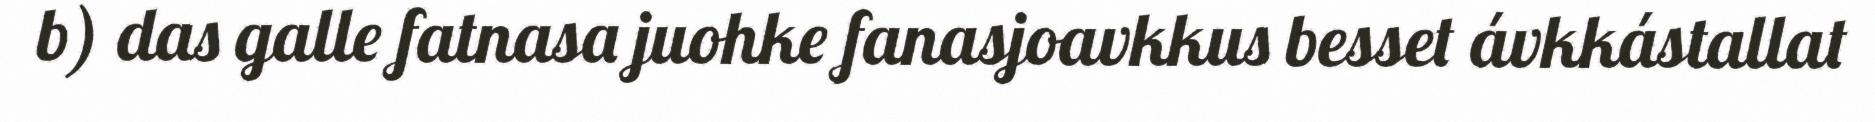
b) das galle fatnasa juohke fanasjoavkkus besset ávkkástallat